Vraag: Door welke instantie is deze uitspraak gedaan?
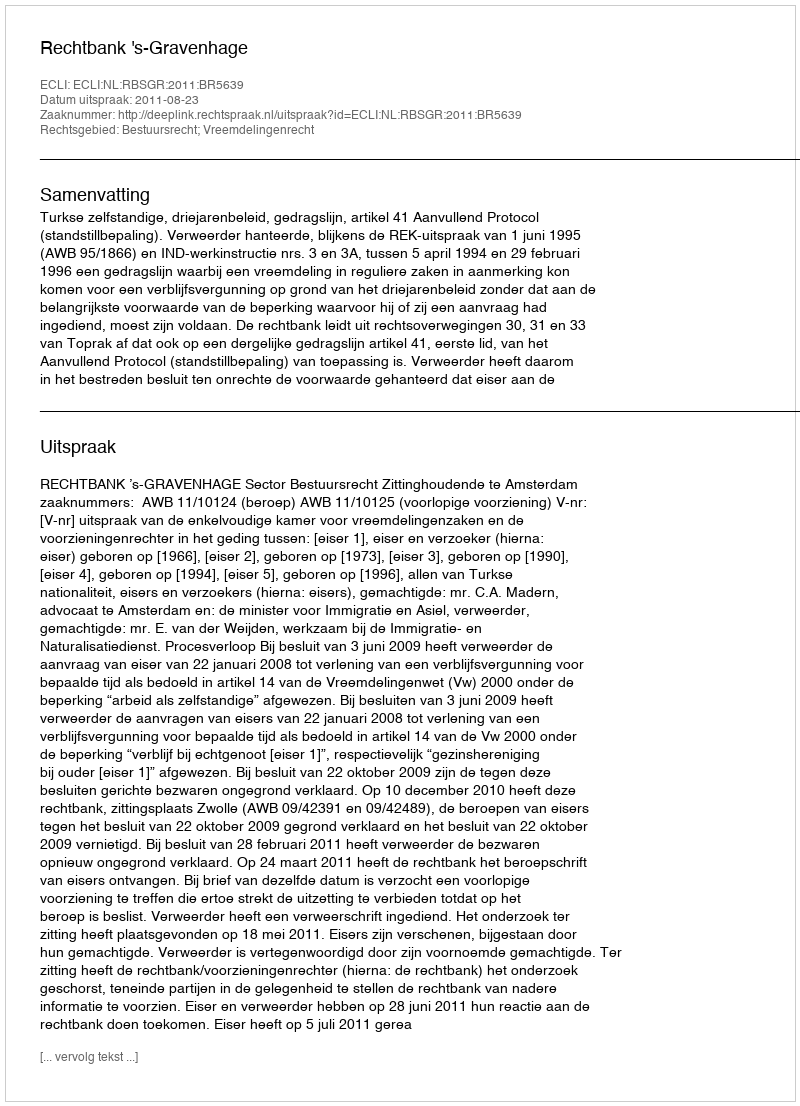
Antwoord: Rechtbank 's-Gravenhage